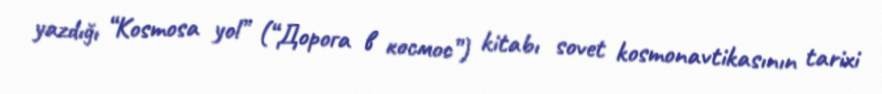
yazdığı “Kosmosa yol” (“Дорога в космос”) kitabı sovet kosmonavtikasının tarixi